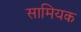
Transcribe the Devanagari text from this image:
सामियक